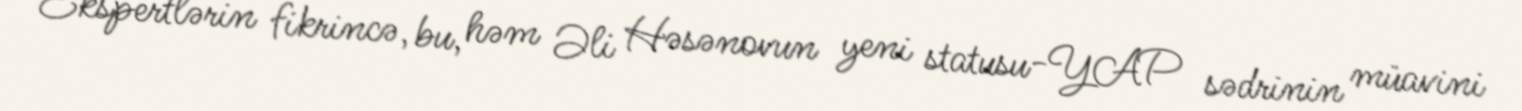
Ekspertlərin fikrincə, bu, həm Əli Həsənovun yeni statusu-YAP sədrinin müavini